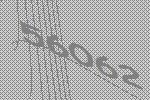
56062